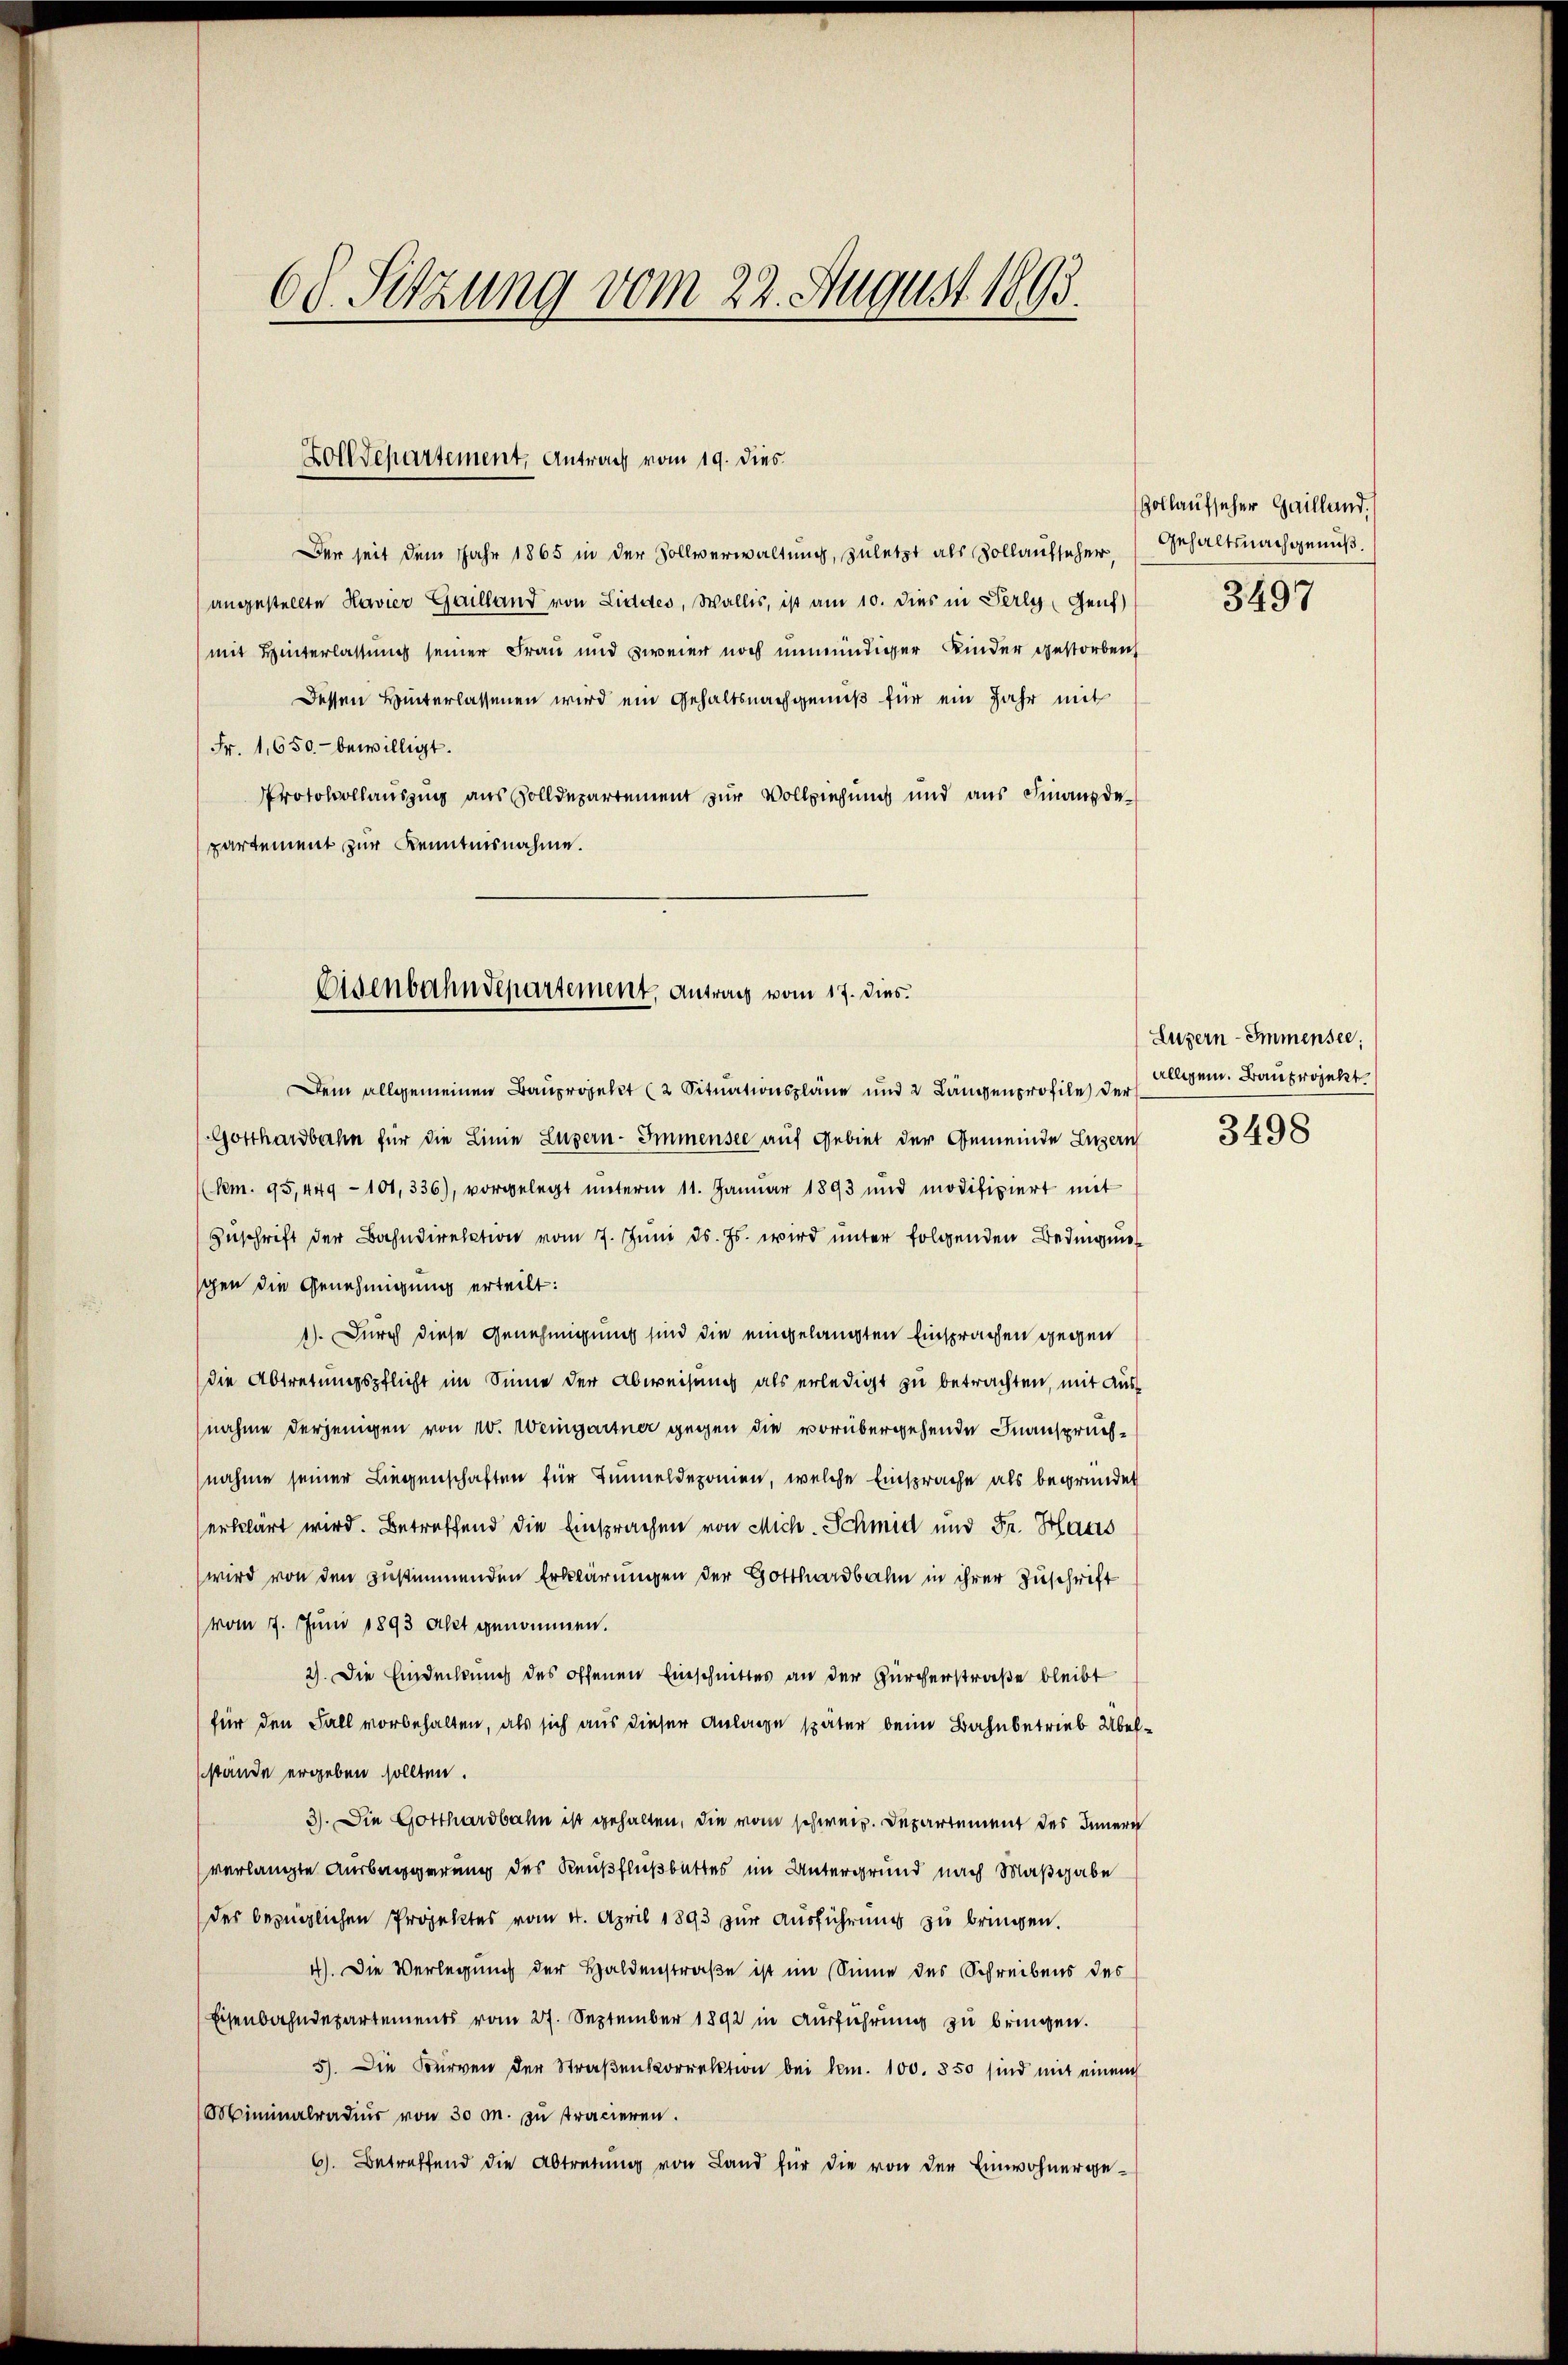
6 J. Sitzung vom 22. August 1893.

Zolldepartement, Antrag vom 19. dies

Der seit dem Jahr 1865 in der Sollverwaltung, zuletzt als Vollaufsicher,
(angestellte Havier Gailland von Liddes, Wallis, ist am 10. dies in Perly, Genf)
(mit Hinterlassung seiner Frau und zweier noch unmündiger Kinder gestorben
Dessen Hinterlassenen wird ein Gehaltsnachgenuß für ein Jahr mit
Fr. 1,650.- bewilligt.
Protokollauszug aus Zolldepartement zur Vollziehung und aus Finanzdepartement zur Kenntnisnahme.

Osenbahndepartement, Antrag vom 17. dies.

Dem allgemeinen Bauprojekt (2 Situationspläne und 2 Längenprofile der
Gotthardbahn für die Linie Luzern - Immensee auf Gebiet der Gemeinde Luzern
((Nem. 95, 449 - 101, 336), vorgelegt unterm 11. Januar 1893 und modifiziert mit
Zuschrift der Bahndirektion vom 7. Juni d. Js. wird unter folgenden Bedingung
gen die Genehmigung erteilt:
1). Durch diese Genehmigung sind die eingelangten Einsprachen gegen
die Abtretungspflicht im Sinne der Abweisung als erledigt zu betrachten, mit Ausnahme derjenigen von 10. Weingartner gegen die vorübergehende Inanspruchnahme seiner Liegenschaften für Tunnel deponien, welche Einsprache als begründet
erklärt wird. Betreffend die Einsprachen von Mich-Schmid und Fr. Haus
wird von den zustimmenden Erklärungen der Gotthardbahn in ihrer Zuschrift
(vom 7. Juni 1893 Akt genommen.
2). Die Eindeckung des offenen Einschnittes an der Zürcherstraße bleibt
für den Fall vorbehalten, als sich aus dieser Anlage später beim Bahnbetrieb Übelstände ergeben sollten.
3). Die Gotthardbahn ist gehalten, die vom schweiz. Departement des Innern
verlangte Ausbaggerung des Reußflußbettes im Untergrund nach Maßgabe
des bezüglichen Projektes vom 4. April 1893 zur Ausführung zu bringen.
4). Die Verlegung der Haldenstraße ist im Sinne des Schreibens des
Eisenbahndepartements vom 27. September 1892 in Ausführung zu bringen.
5). Die Burren der Straßenkorrektion bei kam. 100. 350 sind mit einem
Miminalradier von 30 M. zu tracieren.
6). Betreffend die Abtretŭng von Land für die von den Einwohnerge¬

Gollaufseher Gailland.
Gehaltsnachgenuß.

3497

Luzern - Immensee,
allgem. Bauprojekt

3498